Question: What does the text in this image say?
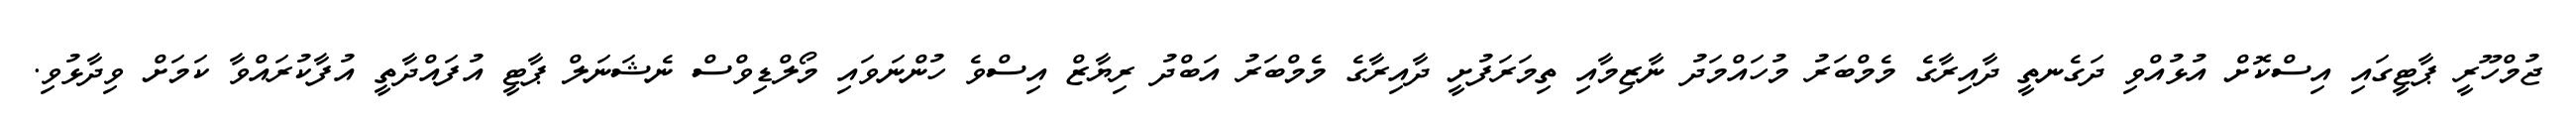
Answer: ޖުމްހޫރީ ޕާޓީގައި އިސްކޮށް އުޅުއްވި ދަގެނތީ ދާއިރާގެ މެމްބަރު މުހައްމަދު ނާޒިމާއި ތިމަރަފުށީ ދާއިރާގެ މެމްބަރު އަބްދު ރިޔާޒް އިސްވެ ހުންނަވައި މޯލްޑިވްސް ނެޝަނަލް ޕާޓީ އުފައްދާތީ އުފާކުރައްވާ ކަމަށް ވިދާޅުވި.